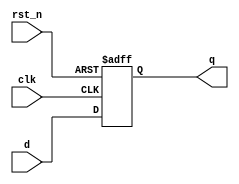
module register_4bit (
    input wire clk,          // Clock input
    input wire rst_n,       // Active low reset
    input wire [3:0] d,     // 4-bit data input
    output reg [3:0] q      // 4-bit data output
);

// Sequential logic using non-blocking assignments
always @(posedge clk or negedge rst_n) begin
    if (!rst_n) begin
        // Asynchronous reset
        q <= 4'b0000;      // Reset output to 0
    end else begin
        // Capture input data on clock edge
        q <= d;            // Update output with input data
    end
end

endmodule